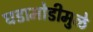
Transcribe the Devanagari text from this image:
घडामोडीमुळे